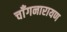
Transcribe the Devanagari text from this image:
चाँगनारायण